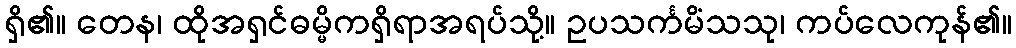
ရှိ၏။ တေန၊ ထိုအရှင်ဓမ္မိကရှိရာအရပ်သို့။ ဥပသင်္ကမိံသသု၊ ကပ်လေကုန်၏။